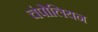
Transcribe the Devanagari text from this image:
चंपोलियन